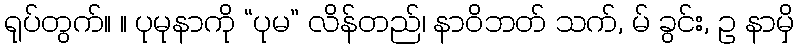
ရုပ်တွက်။ ။ ပုမုနာကို “ပုမ” လိန်တည်၊ နာဝိဘတ် သက်, မ် ခွင်း, ဥ နာမှိ